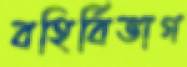
বহির্বিভাগ